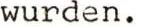
wurden.